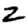
Digit: 2